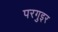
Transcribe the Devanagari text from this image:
परगुइर